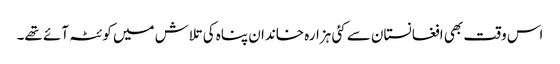
اس وقت بھی افغانستان سے کئی ہزارہ خاندان پناہ کی تلاش میں کوئٹہ آئے تھے۔